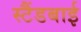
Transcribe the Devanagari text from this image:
स्‍टैंडबाई